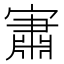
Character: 𱚕